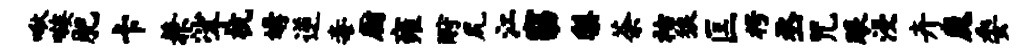
啾嗾肥卡兼挲杭媾逆毒厨雍酹尻江窈梨荼祜狼匡枵丞咒眼浸卉魔委